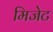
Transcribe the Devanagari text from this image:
मिजेट